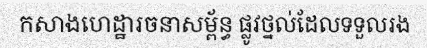
កសាងហេដ្ឋារចនាសម្ព័ន្ធ ផ្លូវថ្នល់ដែលទទួលរង